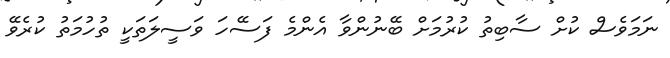
ނަމަވެސް ކުށް ސާބިތު ކުރުމަށް ބޭނުންވާ އެންމެ ފަސޭހަ ވަސީލަތަކީ ތުހުމަތު ކުރެވޭ